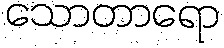
သောတာရော